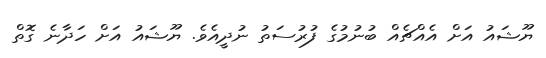
ޔޫޝައު އަށް އެއްޗެއް ބުނުމުގެ ފުރުސަތު ނުދީއެވެ. ޔޫޝައު އަށް ހަދާނެ ގޮތް